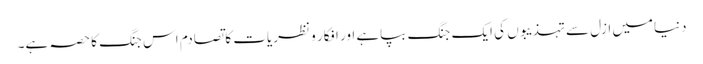
دنیامیں ازل سے تہذیبوں کی ایک جنگ بپاہے اور افکار و نظریات کا تصادم اس جنگ کا حصہ ہے۔